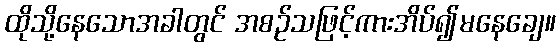
ထိုသို့နေသောအခါတွင် အစဉ်သဖြင့်ကားအိပ်၍မနေချေ။